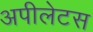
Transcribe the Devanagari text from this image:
अपीलेटस